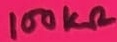
Text: 100KΩ